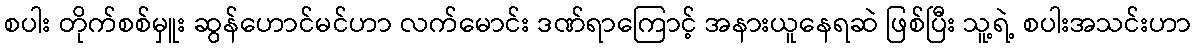
စပါး တိုက်စစ်မှူး ဆွန်ဟောင်မင်ဟာ လက်မောင်း ဒဏ်ရာကြောင့် အနားယူနေရဆဲ ဖြစ်ပြီး သူ့ရဲ့ စပါးအသင်းဟာ